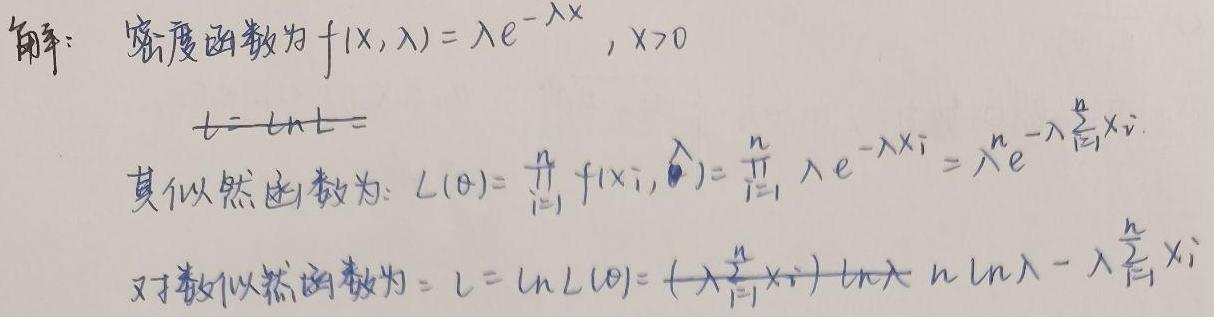
解：密度函数为$f(x,\lambda)=\lambda e^{-\lambda x},x > 0$

其似然函数为：$L(\theta)=\prod_{i = 1}^{n}f(x_i,\lambda)=\prod_{i = 1}^{n}\lambda e^{-\lambda x_i}=\lambda^{n}e^{-\lambda\sum_{i = 1}^{n}x_i}$

对数似然函数为：$l = \ln L(\theta)=n\ln\lambda-\lambda\sum_{i = 1}^{n}x_i$